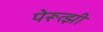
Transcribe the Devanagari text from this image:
पेरूत्झी